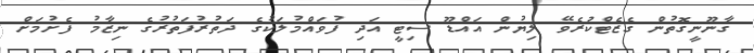
ޤާނޫނީގޮތުން ގެޒެޓްކުރެވޭ ލިޔުން އައްޑޫ ސިޓީ އަދި ފުވައްމުލަކުގެ ދަތުރުފަތުރުގެ ނިޒާމު ފެށުމަށް